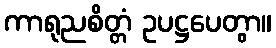
ကာရုညစိတ္တံ ဥပဋ္ဌပေတွာ။